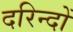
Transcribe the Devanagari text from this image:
दरिन्‍दों